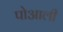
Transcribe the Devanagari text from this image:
पोआली